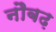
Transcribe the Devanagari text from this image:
नौबढ़